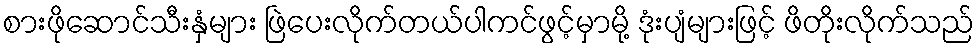
စားဖိုဆောင်သီးနှံများ ဖြဲပေးလိုက်တယ်ပါကင်ဖွင့်မှာမို့ ဒုံးပျံများဖြင့် ဖိတိုးလိုက်သည်